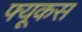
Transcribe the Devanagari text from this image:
फ्यूकस